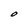
Character: O